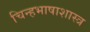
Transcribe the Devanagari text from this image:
चिन्हभाषाशास्त्र